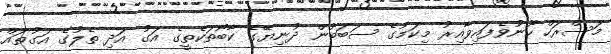
މަސްރަހް ހޫނުވެފައިވާއިރު މިކަމުގެ ސަބަބުން ދުނިޔޭގެ ކާބޯތަކެތީގެ އަގު އަދި ތެލުގެ އަގުތައް